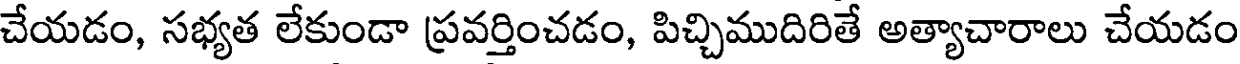
చేయడం, సభ్యత లేకుండా ప్రవర్తించడం, పిచ్చిముదిరితే అత్యాచారాలు చేయడం